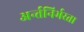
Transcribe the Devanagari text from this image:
अर्न्तनिर्भरता